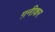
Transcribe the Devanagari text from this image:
ग़नीकर